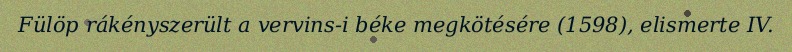
Fülöp rákényszerült a vervins-i béke megkötésére (1598), elismerte IV.